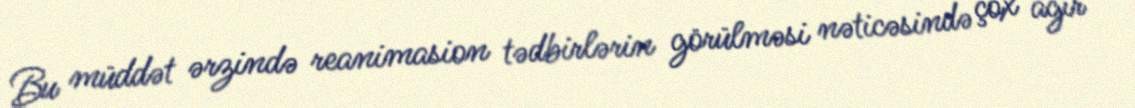
Bu müddət ərzində reanimasion tədbirlərin görülməsi nəticəsində çox ağır